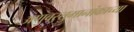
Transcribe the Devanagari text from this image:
अणुवस्तुमानांकाच्या